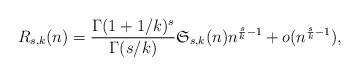
LaTeX: \begin{align*}R_{s,k}(n) = \frac{\Gamma(1 + 1/k)^s}{\Gamma(s/k)}\mathfrak{S}_{s,k}(n) n^{\frac{s}{k}-1} + o(n^{\frac{s}{k}-1}),\end{align*}